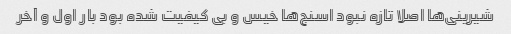
شیرینی‌ها اصلا تازه نبود اسنج‌ها خیس و بی کیفیت شده بود بار اول و آخر